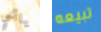
ياأخي تبيعه